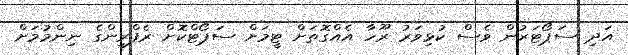
އަދި ސަޕޯޓަރުން ވެސް ކުޅިވަރު ރޫހާ އެއްގޮތަށް ޓީމަށް ސަޕޯޓްކޮށް ރެފްރީންގެ ނިންމުމަށް